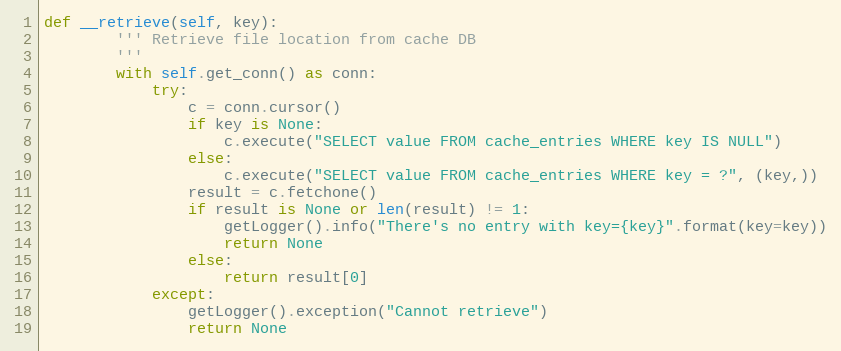
Language: Python
def __retrieve(self, key):
        ''' Retrieve file location from cache DB
        '''
        with self.get_conn() as conn:
            try:
                c = conn.cursor()
                if key is None:
                    c.execute("SELECT value FROM cache_entries WHERE key IS NULL")
                else:
                    c.execute("SELECT value FROM cache_entries WHERE key = ?", (key,))
                result = c.fetchone()
                if result is None or len(result) != 1:
                    getLogger().info("There's no entry with key={key}".format(key=key))
                    return None
                else:
                    return result[0]
            except:
                getLogger().exception("Cannot retrieve")
                return None